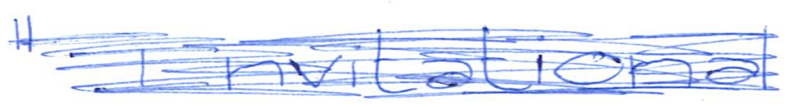
Text: "Invitational
Cross-out: scratch
Writing tool: ballpoint